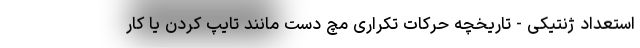
استعداد ژنتیکی - تاریخچه حرکات تکراری مچ دست مانند تایپ کردن یا کار